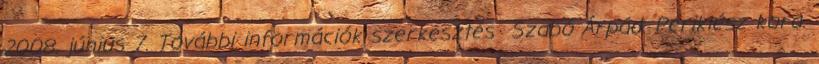
2008. június 7. További információk szerkesztés Szabó Árpád. Periklész kora.